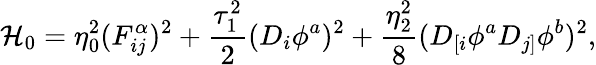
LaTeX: {\cal H}_{0}=\eta_{0}^{2}(F_{ij}^{\alpha})^{2}+\frac{\tau_{1}^{2}}{2}(D_{i}\phi^{a})^{2}+\frac{\eta_{2}^{2}}{8}(D_{[i}\phi^{a}D_{j]}\phi^{b})^{2},